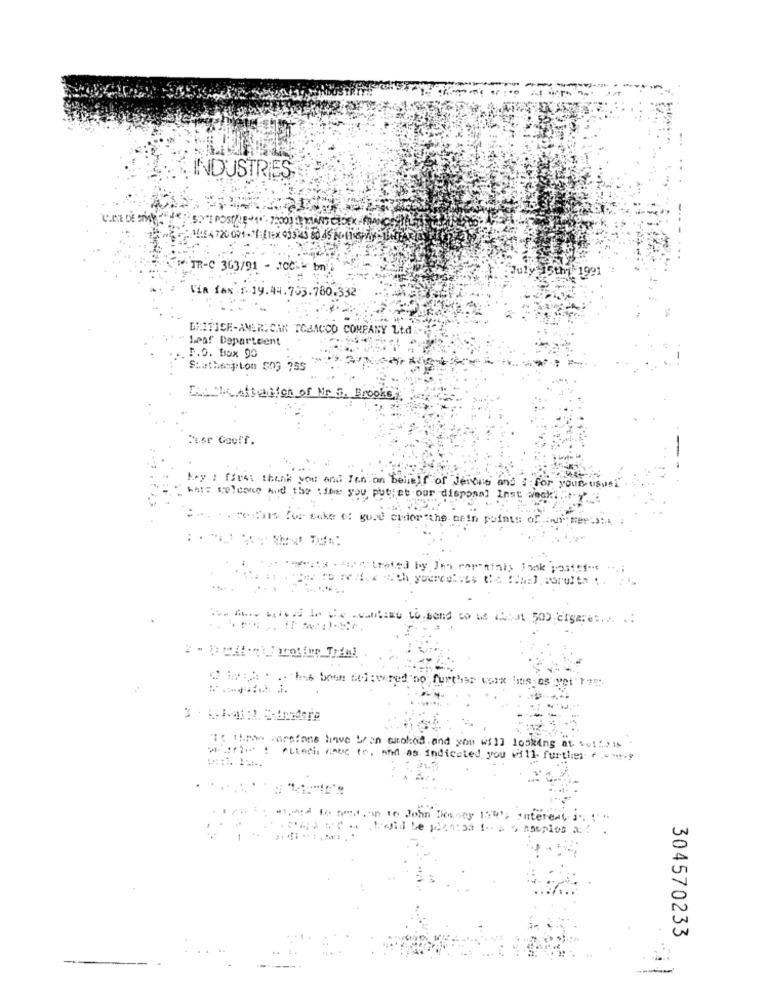
INDUSTRIES
TR-C 363/91 - 100 bn
$1997
Via fax 1. 19.44.703.780.332
DRITTER-AMERICAN TOBACCO COMPANY Ltd
Leaf Departeent
r.o. Box 90
Stathespion 503 755
The Attention of Mr G. Brooks
Pusr Gooff.
Kry : firas thank you and Ien on B
elf of Jeions and I for your usual"
hat= welcome and the time you puttet our disponal Inst week.
.. meines for sake of goat chor"the afin points of ..
trated by Jen romainly Fok pasfcf -. ...;
each yourdeines the (=a=] sorulth .. ..
stanu to send to Le Lidt 500 Cigare :... ..
===.. twee tie: wired"no further voix bios os vet' ***
Io tipas warsions have bran wmobed and you will looking at boites
ware : fitechs sous to, and as indicated you will further
to hm."in ie John Downey 159';
souplos a:
304570233
-